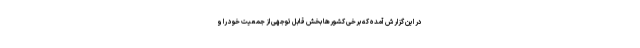
در این گزارش آمده که برخی کشورها بخش قابل توجهی از جمعیت خود را و